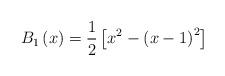
LaTeX: \begin{align*}B_{1}\left(x\right)=\frac{1}{2}\left[x^{2}-\left(x-1\right)^{2}\right]\end{align*}